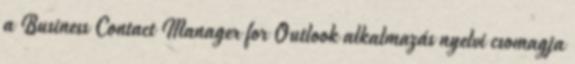
a Business Contact Manager for Outlook alkalmazás nyelvi csomagja